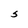
Character: S